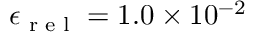
\epsilon _ { \textup { r e l } } = 1 . 0 \times 1 0 ^ { - 2 }